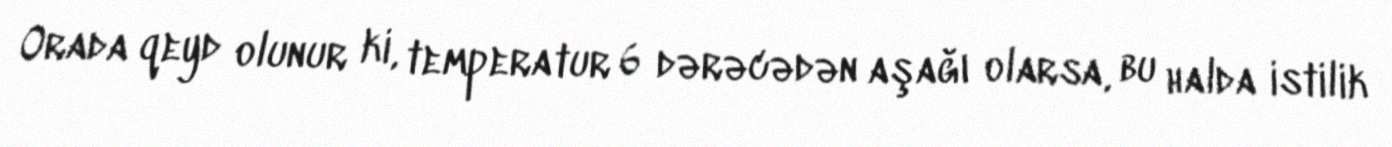
Orada qeyd olunur ki, temperatur 6 dərəcədən aşağı olarsa, bu halda istilik